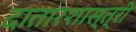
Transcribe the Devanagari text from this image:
दातारशास्त्री